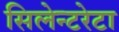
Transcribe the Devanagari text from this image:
सिलेन्टरेटा